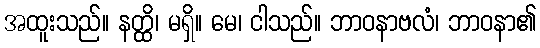
အထူးသည်။ နတ္ထိ၊ မရှိ။ မေ၊ ငါသည်။ ဘာဝနာဗလံ၊ ဘာဝနာ၏